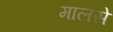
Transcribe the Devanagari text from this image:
मालसे